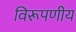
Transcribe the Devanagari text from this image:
विरूपणीय